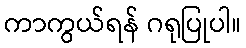
ကာကွယ်ရန် ဂရုပြုပါ။